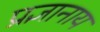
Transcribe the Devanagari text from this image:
प्रज्ञानाय